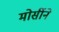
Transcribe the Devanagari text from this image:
मोर्सीने